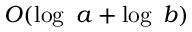
O ( \log \ a + \log \ b )